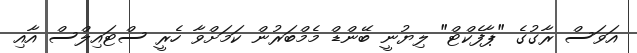
އަވަސް ރާގުގެ "ޕާފެކްޓް" ލިޔުނީ ބޭންޑް މެމްބަރުން ކަމަށްވާ ހެރީ ސްޓައިލްސް އާއި